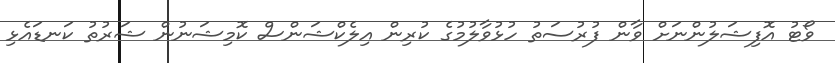
ވޯޓު އޮފިޝަލުންނަށް ވާން ފުރުސަތު ހުޅުވާލުމުގެ ކުރިން އިލެކްޝަންސް ކޮމިޝަނުން ޝަރުތު ކަނޑައެޅި